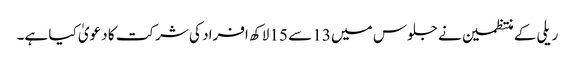
ریلی کے منتظمین نے جلوس میں 13 سے 15 لاکھ افراد کی شرکت کا دعویٰ کیا ہے۔